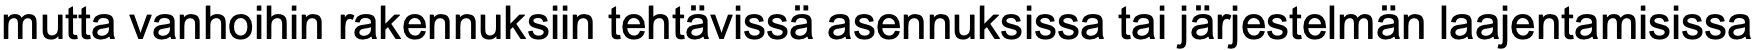
mutta vanhoihin rakennuksiin tehtävissä asennuksissa tai järjestelmän laajentamisissa